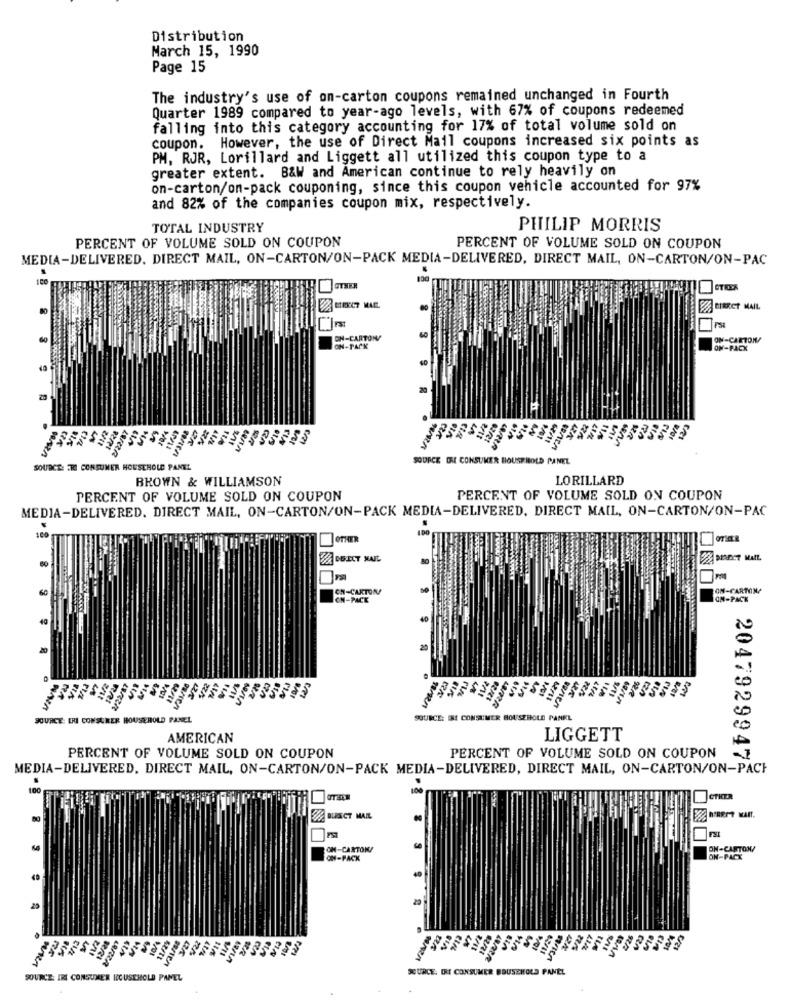
Distribution
March 15, 1990
Page 15
The industry's use of on-carton coupons remained unchanged in Fourth
Quarter 1989 compared to year-ago levels, with 67% of coupons redeemed
falling into this category accounting for 17% of total volume sold on
coupon. However, the use of Direct Mail coupons increased six points as
PM, RJR, Lorillard and Liggett all utilized this coupon type to a
greater extent. B&W and American continue to rely heavily on
on-carton/on-pack couponing, since this coupon vehicle accounted for 97%
and 82% of the companies coupon mix, respectively.
TOTAL INDUSTRY
PHILIP MORRIS
PERCENT OF VOLUME SOLD ON COUPON
PERCENT OF VOLUME SOLD ON COUPON
MEDIA-DELIVERED. DIRECT MAIL, ON-CARTON/ON-PACK MEDIA-DELIVERED, DIRECT MAIL, ON-CARTON/ON-PAC
EASIERCT MAIL
ON-CARTON/
ON-CARTON
ON-TACK
ON-PACK
SOURCE DE CONSUMER HOUSE HOLD PANEL
SOURCE: TI CONSUMER HOUSEHOLD PANEL
BROWN & WILLIAMSON
LORILLARD
PERCENT OF VOLUME SOLD ON COUPON
PERCENT OF VOLUME SOLD ON COUPON
MEDIA-DELIVERED. DIRECT MAIL, ON-CARTON/ON-PACK MEDIA-DELIVERED, DIRECT MAIL, ON-CARTON/ON-PAC
160
E
DEICT MAIL
CH-CARTON/
ON-CARTON?
ON-PACK
ON-PACK
40
2/22/81
RRI
SOURCE: ERI CONSURER HOUSEHOLD PANEL
SOURCE: MI CONSUMER HOUSEHOLD PANEL
AMERICAN
LIGGETT
PERCENT OF VOLUME SOLD ON COUPON
PERCENT OF VOLUME SOLD ON COUPON
20479299478
MEDIA-DELIVERED, DIRECT MAIL, ON-CARTON/ON-PACK MEDIA-DELIVERED, DIRECT MAIL, ON-CARTON/ON-PACH
.
DIRECT MAIL
OH-CARTON/
ON-CARTON!
OM-PACK
ON-PACK
02/21
SOURCE. IRE CONSUMER HOUSEHOLD PANEL
SOURCE: IRL CONSUMER HOUSEHOLD PANEL